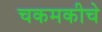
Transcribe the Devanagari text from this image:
चकमकीचे